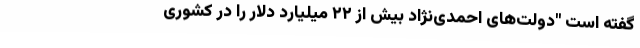
گفته است "دولت‌های احمدی‌نژاد بیش از ۲۲ میلیارد دلار را در کشوری